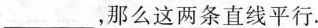
___，那么这两条直线平行.